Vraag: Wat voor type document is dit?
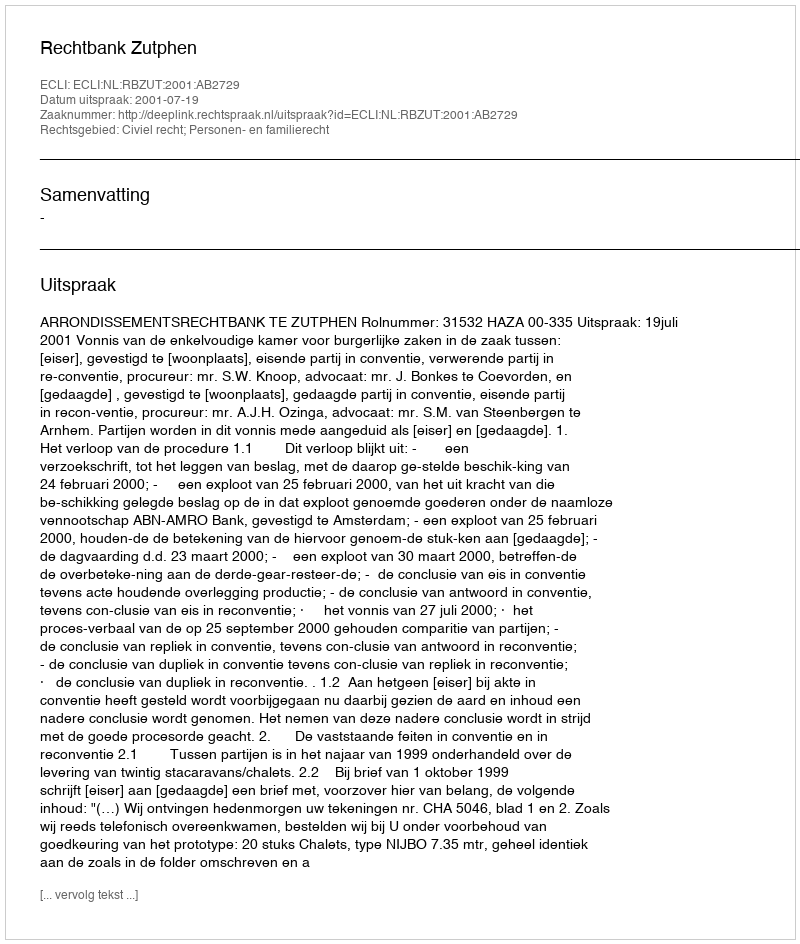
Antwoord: Uitspraak